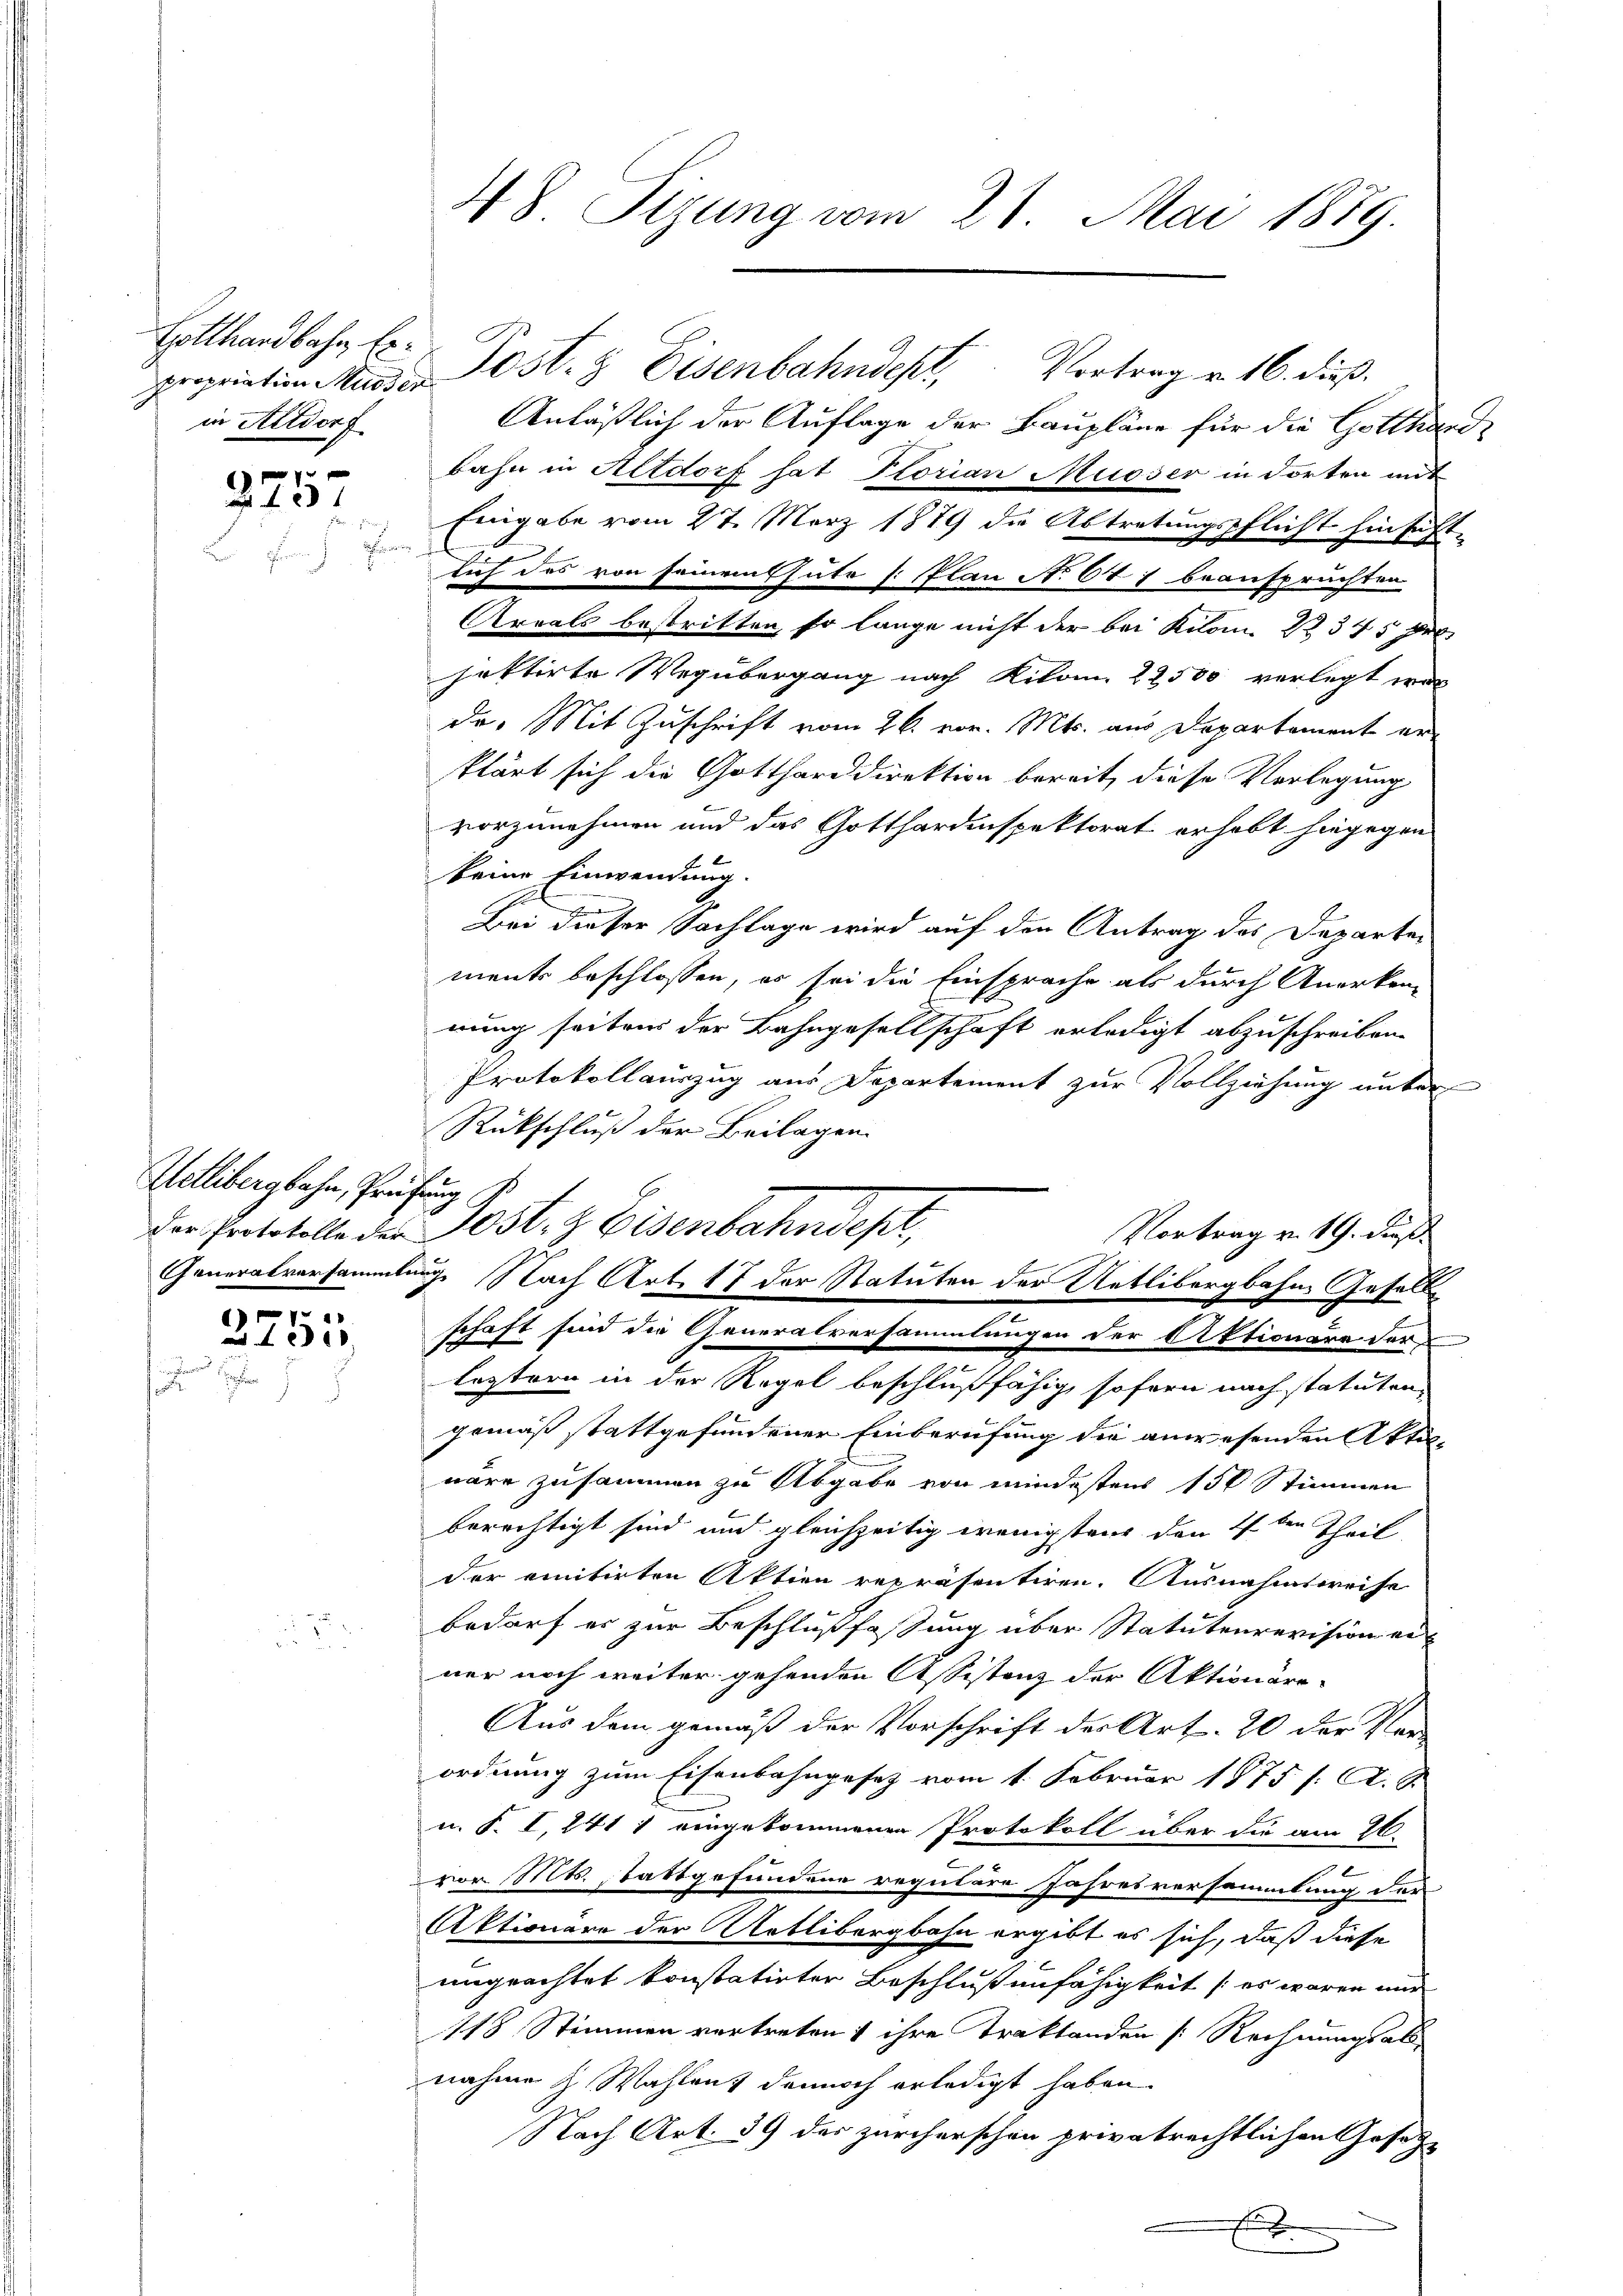
Hotthardbahn, Erin Altdorf

3757

Wetlibergbahn, Prüfung

2755

48. Sizung vom 21. Mai 1889.

propriation Munde Post- & Eisenbahndept, Vortrag v. 16. dieß.
Anläßlich der Auflage der Baupläne für die Gotthardt
bahn in Altdorf hat Ptorian Musser in Torten mit
Eingabe vom 27. März 1879 die Abtretungspflicht hinsicht.
lich das von seinem Gute s. Plan No 647 beanspruchten
Areals bestritten, so lange nicht der bei Kilome 1 345 pro
jektirte Wegübergang nach Kilom. 22500 verlegt wer-
dr. Mit Zuschrift vom 26. vor. Mts. aus Departement erklärt sich die Gottharddirektion bereit, diese Vorlegung
vorzunehmen und das Gotthardinspektorat erhebt hingegen
keine Einwendung.
e
Bei dieser Sachlage wird auf den Antrag des Departements beschlossen, es sei die Einsprache als durch Anerken-
rung seitens der Bahngesellschaft erledigt abzuschreiben.
Protokollauszug aus Departement zur Vollziehung unter
Rückschluß der Beilagen.
Vortrag v. 19. dieß
Generalversammlung. Nach Art. 17 der Statuten der Uetlibergbahne Gefalls
schaft sind die Generalversammlungen der Aktionäre der
.
lestern in der Regel beschlußfähig, sofern nach statuten-
gemäß stattgefundener Einberufung die anwesenden Aktiwäre zusammen zu Abgabe von mindestens 150 Stimmen
berechtigt sind und gleichzeitig wenigstens den 4ten Theil
Der einitirten Aktien repräsentiren. Ausnahmsweise
bedarf er zur Beschlußfassung über Statutenrevision er
ner noch weiter gehenden Assistenz der Aktionäre
Aus dem gemäß der Vorschrift der Art. 20 der Verordnung zum Eisenbahngesetz vom 1. Februar 1875 f. A. S.
u. S. I, 241 1 eingekommenen Protokoll über die am 26.
vor. Mts. stattgefundene regulare Jahresversammlung der
Aktionäre der Uetlibergbahn ergibt es sich, daß diese
ungeachtet konstatirter Beschluß unfähigkeit (er waren und
118 Stimmen vertreten & ihre Traktanden [Rechnungsabs-
nahme & Wahlent dennoch erledigt haben.
Nach Art. 39 des zürcherschon privatrechtlichen Josep
.
x

der Protokolle der Post. Eisenbahndept,